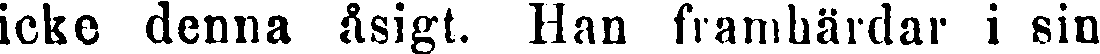
icke denna åsigt. Han framhärdar i sin